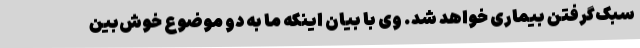
سبک‌گرفتن بیماری خواهد شد. وی با بیان اینکه ما به دو موضوع خوش‌بین